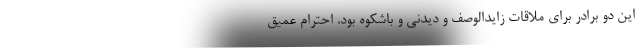
این دو برادر برای ملاقات زایدالوصف و دیدنی و باشکوه بود. احترام عمیق